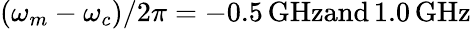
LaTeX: (\omega_{m}-\omega_{c})/2\pi=-0.5\, \textrm{GHzand}\, 1.0\, \textrm{GHz}